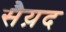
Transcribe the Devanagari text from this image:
सैय़द